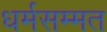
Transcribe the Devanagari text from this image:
धर्मसम्मत